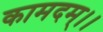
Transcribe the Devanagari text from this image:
कामदम्।।